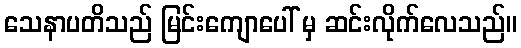
သေနာပတိသည် မြင်းကျောပေါ် မှ ဆင်းလိုက်လေသည်။